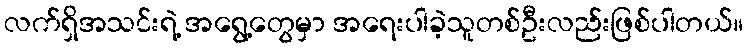
လက်ရှိအသင်းရဲ့ အရွေ့တွေမှာ အရေးပါခဲ့သူတစ်ဦးလည်းဖြစ်ပါတယ်။